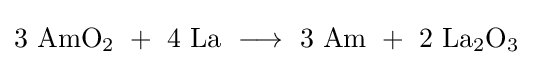
\mathrm {3\ AmO_{2}\ +\ 4\ La\ \longrightarrow \ 3\ Am\ +\ 2\ La_{2}O_{3}}